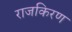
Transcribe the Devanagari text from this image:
राजकिरण